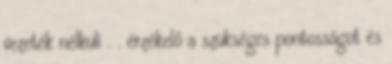
vezeték nélküli . . érzékelő a szükséges pontosságot és